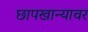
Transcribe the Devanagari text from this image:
छापखान्यावर